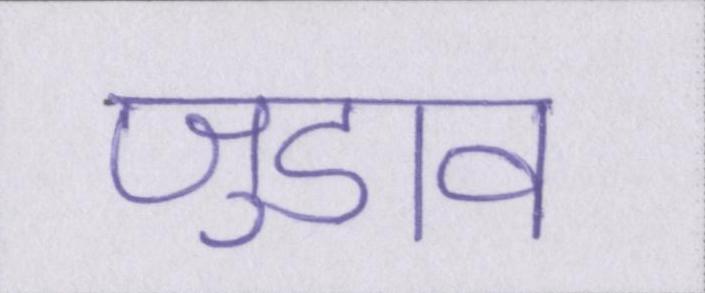
जुडाव